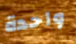
واحدة